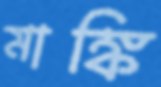
মাঙ্কি